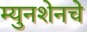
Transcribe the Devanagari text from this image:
म्युनशेनचे